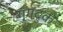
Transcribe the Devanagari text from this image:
गंगद्रुक